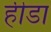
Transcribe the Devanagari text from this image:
हीडा